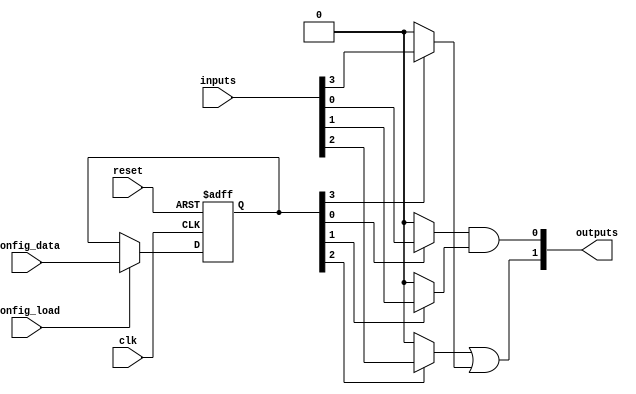
module SRAM_PLB (
    input wire clk,                  // Clock signal for synchronization
    input wire reset,                // Reset signal
    input wire [NUM_INPUTS-1:0] inputs, // Inputs to the logic block
    input wire [CONFIG_WIDTH-1:0] config_data, // Configuration data for the logic gates
    input wire config_load,          // Signal to load configuration
    output wire [NUM_OUTPUTS-1:0] outputs // Outputs from the logic block
);

    // Parameters for the logic block
    parameter NUM_INPUTS = 4;        // Number of inputs
    parameter NUM_OUTPUTS = 2;       // Number of outputs
    parameter CONFIG_WIDTH = 16;      // Width of the configuration data

    // Internal SRAM storage for configuration
    reg [CONFIG_WIDTH-1:0] config_mem;
    
    // Internal wires for logic operations
    wire [NUM_INPUTS-1:0] mux_out;    // Output of multiplexers
    wire [NUM_OUTPUTS-1:0] logic_out; // Output of logic gates

    // MUX to select inputs based on configuration
    genvar i;
    generate
        for (i = 0; i < NUM_INPUTS; i = i + 1) begin : mux
            assign mux_out[i] = (config_mem[i] == 1'b1) ? inputs[i] : 1'b0; // Simple selection
        end
    endgenerate

    // Logic gates based on configuration
    assign logic_out[0] = mux_out[0] & mux_out[1]; // AND gate example
    assign logic_out[1] = mux_out[2] | mux_out[3]; // OR gate example

    // Output assignment
    assign outputs = logic_out;

    // Control logic for loading configuration
    always @(posedge clk or posedge reset) begin
        if (reset) begin
            config_mem <= 0; // Reset configuration
        end else if (config_load) begin
            config_mem <= config_data; // Load configuration data
        end
    end

endmodule